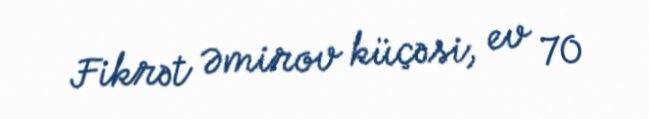
Fikrət Əmirov küçəsi, ev 70